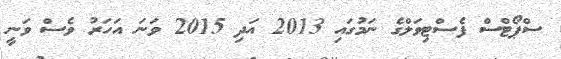
ސްޕޯޓްސް ފެސްޓިވަލްގެ ނަމުގައި 2013 އަދި 2015 ވަނަ އަހަރު ވެސް ވަނީ